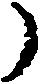
う